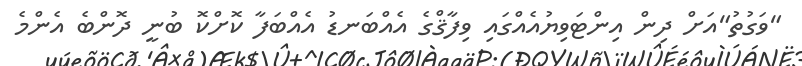
"ވަގުތު"އަށް ދިން އިންޓަވިޔުއެއްގައި ވިފާޤްގެ އެއްބަނޑު އެއްބަފާ ކޮށްކޮ ބުނީ ދޮންބެ އެންމެ